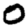
Digit: 0